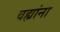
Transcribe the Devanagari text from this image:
वह्यांना